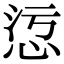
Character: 𢙁